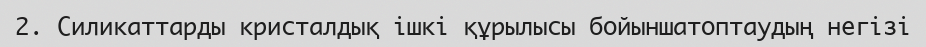
2. Силикаттaрды кристалдық ішкі құрылысы бойыншатоптaудың негізі